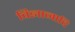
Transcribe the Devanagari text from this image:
विज्ञानादि